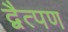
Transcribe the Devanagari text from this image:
द्वैत्पण